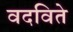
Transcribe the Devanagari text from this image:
वदविते